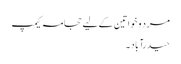
مرد و خواتین کے لیے حجامہ کیمپ
حیدرآباد ۔